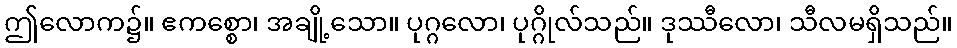
ဤလောက၌။ ဧကစ္စော၊ အချို့သော။ ပုဂ္ဂလော၊ ပုဂ္ဂိုလ်သည်။ ဒုဿီလော၊ သီလမရှိသည်။